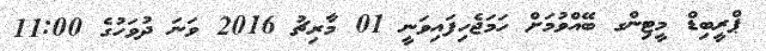
ޕްރީބިޑް މީޓިންގ ބޭއްވުމަށް ހަމަޖެހިފައިވަނީ 01 މާރިޗު 2016 ވަނަ ދުވަހުގެ 11:00